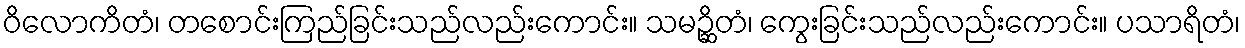
ဝိလောကိတံ၊ တစောင်းကြည်ခြင်းသည်လည်းကောင်း။ သမဉ္ဆိတံ၊ ကွေးခြင်းသည်လည်းကောင်း။ ပသာရိတံ၊